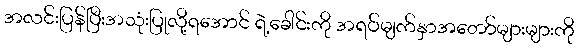
အလင်းပြန်ပြီးအသုံးပြုလို့ရအောင် ရဲ့ခေါင်းကို အရပ်မျက်နှာအတော်များများကို